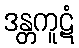
ဒန္တကူဋံ